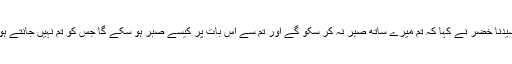
سیدنا خضرؑ نے کہا کہ تم میرے ساتھ صبر نہ کر سکو گے اور تم سے اس بات پر کیسے صبر ہو سکے گا جس کو تم نہیں جانتے ہو۔